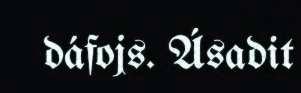
dáfojs. Ásadit